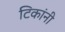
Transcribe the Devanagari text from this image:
टिकांनी